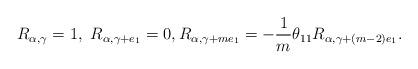
LaTeX: \begin{align*} R_{\alpha,\gamma}=1,~R_{\alpha, \gamma+e_1}=0, R_{\alpha, \gamma+me_1} = -\frac{1}{m}\theta_{11} R_{\alpha, \gamma+(m-2)e_1}. \end{align*}